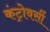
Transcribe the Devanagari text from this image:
कंट्रोवर्सी